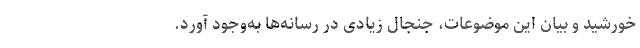
خورشید و بیان این موضوعات، جنجال زیادی در رسانه‌ها به‌وجود آورد.